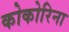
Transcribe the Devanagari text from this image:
कोकोरिना